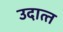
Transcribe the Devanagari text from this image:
उदात्‍त